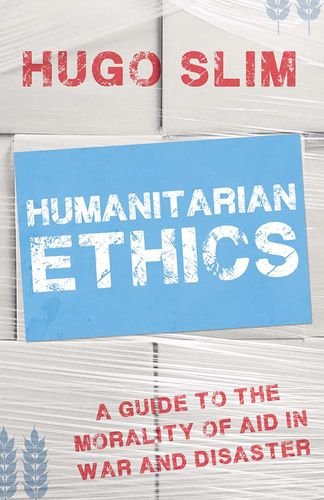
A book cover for Humanitarian Ethics: A Guide to the Morality of Aid  in War and Disaster; Hugo Slim; Politics & Social Sciences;